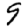
Digit: 9